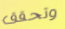
وتحقق